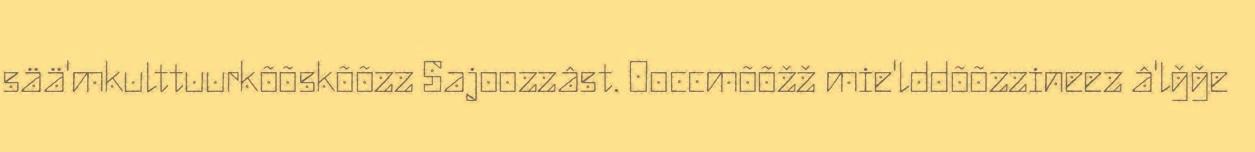
sää'mkulttuurkõõskõõzz Sajoozzâst. Ooccmõõžž mie'lddõõzzineez â'lǧǧe